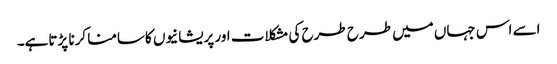
اسے اس جہاں میں طرح طرح کی مشکلات اور پریشانیوں کاسامنا کرنا پڑتاہے۔